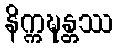
နိက္ကဍ္ဎန္တဿ